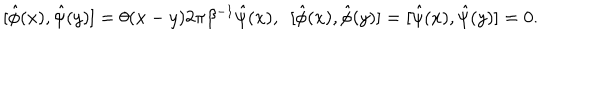
LaTeX: [ \hat { \phi } ( x ) , \hat { \psi } ( y ) ] = \theta ( x - y ) 2 \pi \beta ^ { - 1 } \hat { \psi } ( x ) , \enspace [ \hat { \phi } ( x ) , \hat { \phi } ( y ) ] = [ \hat { \psi } ( x ) , \hat { \psi } ( y ) ] = 0 .